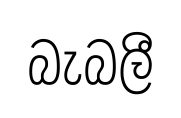
බැබලී